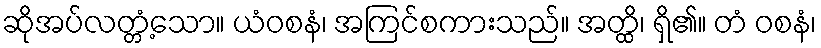
ဆိုအပ်လတ္တံ့သော။ ယံဝစနံ၊ အကြင်စကားသည်။ အတ္ထိ၊ ရှိ၏။ တံ ဝစနံ၊